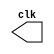
// -------------------------
// Exemplo0042
// Nome: Djonatas Tulio Rodrigues Costa
// -------------------------

// -------------------------
// -- test clock generator (2)
// -------------------------
module clock(clk);
	output clk;
	reg clk;
	
	initial begin
		clk = 1'b0;
	end
	
	always begin
		#12 clk = ~clk;
	end
		
endmodule // clock()

module pulse(signal, clock);
	input clock;
	output signal;
	reg signal;
	
	always @(clock)
	begin
		   signal = 1'b1;
		#3 signal = 1'b0;
		#3 signal = 1'b1;
		#3 signal = 1'b0;
	end
endmodule // pulse

module trigger(signal, on, clock);
	input on, clock;
	output signal;
	reg signal;
	
	always @ (posedge clock & on)
		begin
			#60 signal = 1'b1;
			#60 signal = 1'b0;
		end
endmodule // trigger

module Exemplo0042;
	wire clock;
	clock clk(clock);
	reg p;
	wire p1, t1;
	
	pulse pulse(p1, clock);
	trigger trigger1(t1, p, clock);
	
	initial begin
		p = 1'b0;
	end
	
	initial begin
		$dumpfile("Exemplo0042.vcd");
		$dumpvars(1, clock, p1, p, t1);
		
		#060 p = 1'b1;
		#120 p = 1'b0;
		#180 p = 1'b1;
		#240 p = 1'b0;
		#300 p = 1'b1;
		#360 p = 1'b0;
		#376 $finish;
	end
endmodule // Exemplo0042